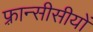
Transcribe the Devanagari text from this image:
फ़्रान्सीसीयों